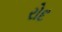
રોદ